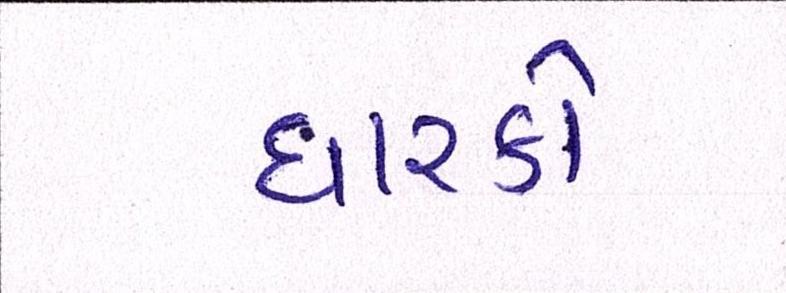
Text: ધારકો